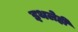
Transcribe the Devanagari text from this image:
इथलेही